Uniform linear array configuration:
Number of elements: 64
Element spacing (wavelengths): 1
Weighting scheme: blackman
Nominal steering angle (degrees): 60
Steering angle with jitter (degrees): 59.866
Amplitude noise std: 0.05
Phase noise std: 0.05

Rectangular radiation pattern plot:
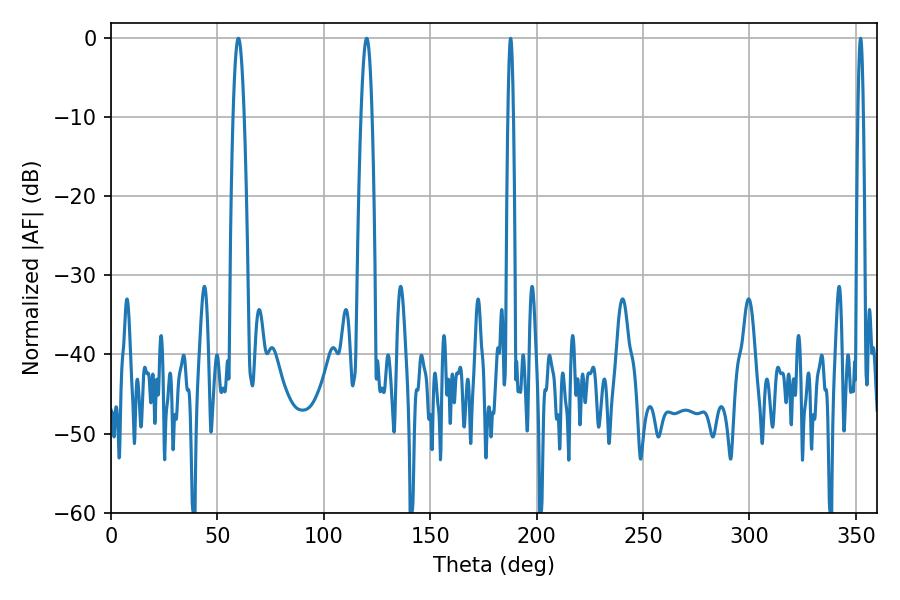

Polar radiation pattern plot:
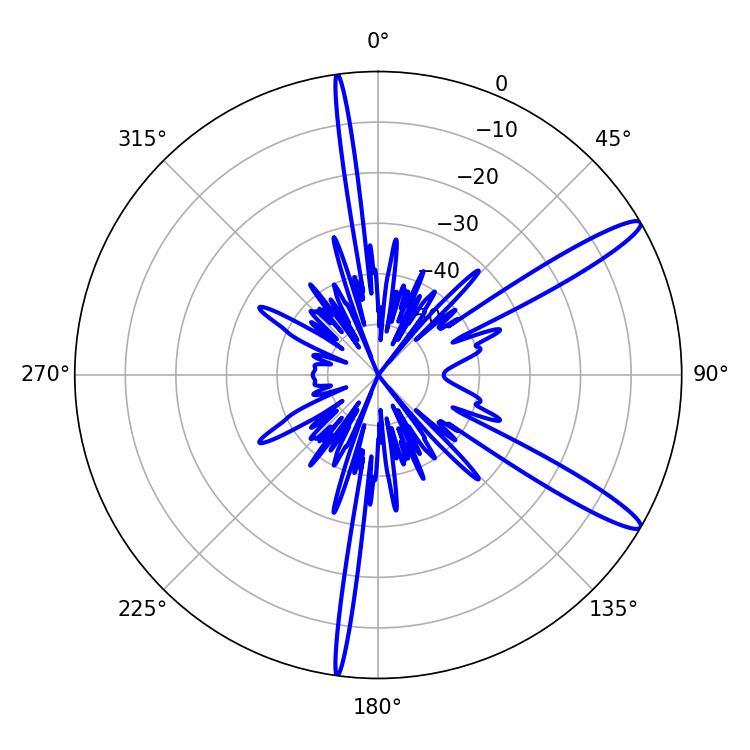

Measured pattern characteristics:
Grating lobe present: TRUE
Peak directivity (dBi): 13.61
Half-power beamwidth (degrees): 1.26
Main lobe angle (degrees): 187.74